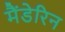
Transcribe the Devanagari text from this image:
मैंडेरिन